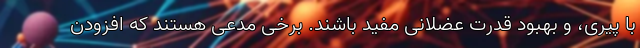
با پیری، و بهبود قدرت عضلانی مفید باشند. برخی مدعی هستند که افزودن